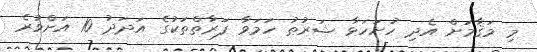
މި މަޤާމަށް އެދި ހުށަހަޅާ ޝަރުޠު ހަމަވާ ފަރާތްތަކުގެ އަދަދު 10 އަށްވުރެ